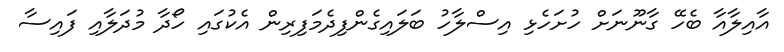
އާއިލާއާ ބެހޭ ގާނޫނަށް ހުށަހެޅި އިސްލާހު ބަލައިގެންފިދެމަފިރިން އެކުގައި ހޯދާ މުދަލާއި ފައިސާ